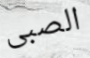
الصبى